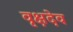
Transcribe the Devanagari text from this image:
वृक्षदेव